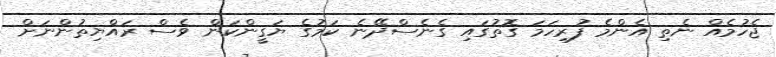
ޖެހުމެއް ނެތި އެންމެ ފުރިހަމަ ގޮތުގައި ގެނެސްދޭނެ ކަމުގެ ޔަގީންކަން ވެސް ރައްޔިތުންނަށް